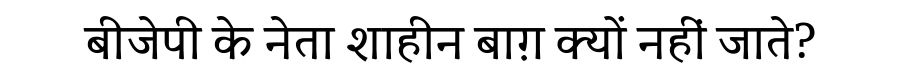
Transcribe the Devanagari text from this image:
बीजेपी के नेता शाहीन बाग़ क्यों नहीं जाते?